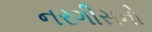
નરગીસનો